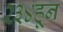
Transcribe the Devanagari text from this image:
२३४हून